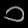
Digit: ၁